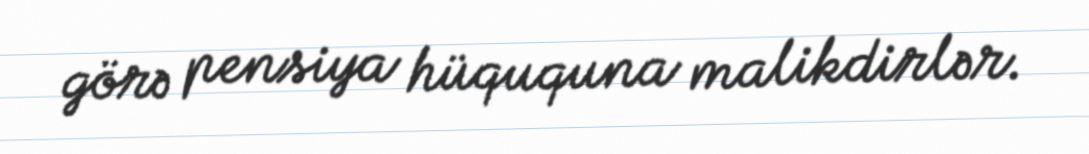
görə pensiya hüququna malikdirlər.